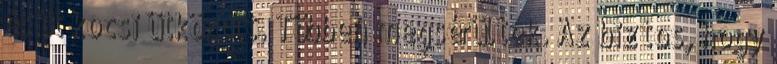
és öt kocsi ütközött. Többen megsérültek. Az biztos, hogy